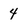
Character: 4